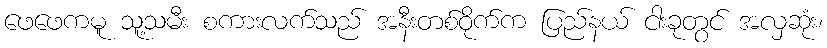
ဖေဖေကမူ သူ့သမီး စကားလက်သည် အနီးတစ်ဝိုက်က ပြည်နယ် ငါးခုတွင် အလှဆုံး၊